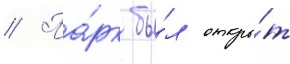
// Па́рк бы́л откры́т